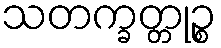
သတက္ခတ္တုဉ္စ